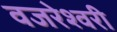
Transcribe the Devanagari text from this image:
वजरेश्वरी